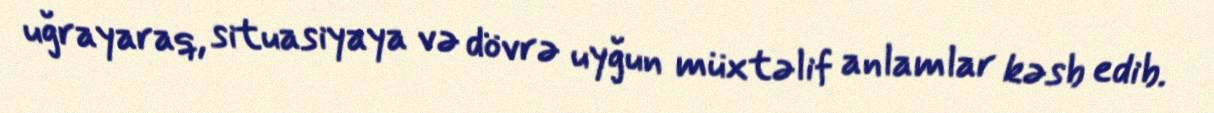
uğrayaraq, situasiyaya və dövrə uyğun müxtəlif anlamlar kəsb edib.